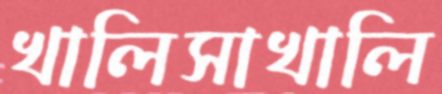
খালিসাখালি